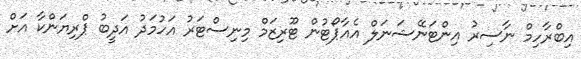
އިބްރާހިމް ނާސިރު އިންޓަނޭޝަނަލް އެއާޕޯޓުން ޓޫރިޒަމް މިނިސްޓަރު އަހުމަދު އަދީބު ޕްރިޔަންކާ އަށް